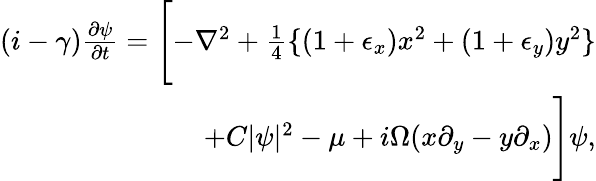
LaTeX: \begin{array}{r}{(i-\gamma)\frac{\partial\psi}{\partial t}=\Biggl[-\nabla^{2}+\frac{1}{4}\{ (1+\epsilon_{x})x^{2}+(1+\epsilon_{y})y^{2}\} }\\ {+C|\psi|^{2}-\mu+i\Omega({x}\partial_{y}-{y}\partial_{x})\Biggr]\psi,}\end{array}